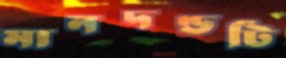
মানদণ্ডটি